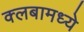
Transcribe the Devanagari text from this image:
क्लबामध्ये